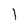
Character: l